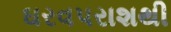
ઘરવપરાશથી